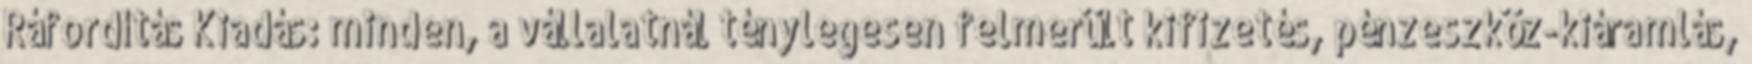
Ráfordítás Kiadás: minden, a vállalatnál ténylegesen felmerült kifizetés, pénzeszköz-kiáramlás,